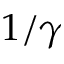
1 / \gamma